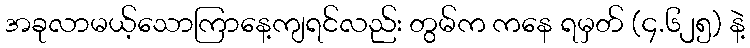
အခုလာမယ့်သောကြာနေ့ကျရင်လည်း တွမ်က ကနေ ရမှတ် (၄.၆၂၅) နဲ့